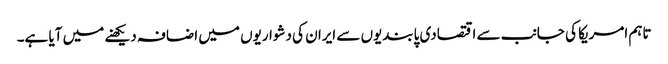
تاہم امریکا کی جانب سے اقتصادی پابندیوں سے ایران کی دشواریوں میں اضافہ دیکھنے میں آیا ہے۔